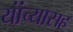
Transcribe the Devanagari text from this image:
यांंच्यासह